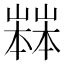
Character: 𡽒